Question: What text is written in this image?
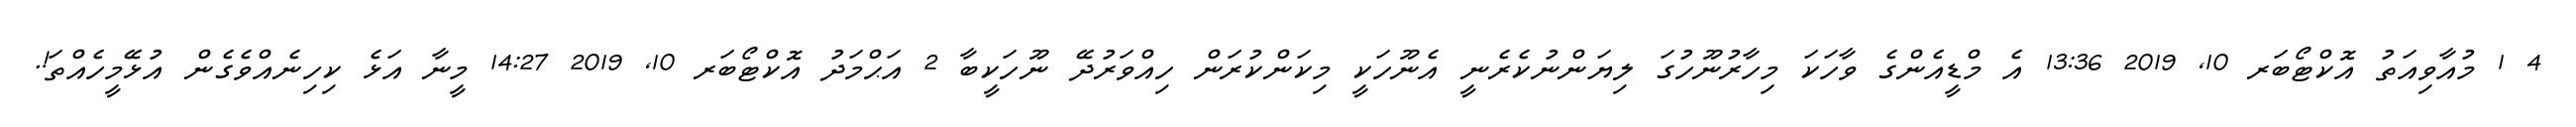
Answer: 4 1 މުއާވިއަތު އޮކްޓޯބަރ 10, 2019 13:36 އެ މްޑީއެންގެ ވާހަކަ މިހާރުނޫހުގަ ލިޔަންނުކެރެނީ އެނޫހަކީ މިކަންކުރަން ހިއްވަރުދޭ ނޫހަކީބާ 2 އަޙްމަދު އޮކްޓޯބަރ 10, 2019 14:27 މީނާ އަޅެ ކިހިނެއްވެގެން އުޅޭމީހެއްތަ!.